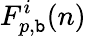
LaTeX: F_{p,\mathtt{b}}^{i}(n)